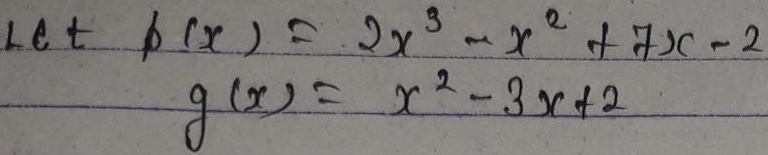
Let \(f(x)=2x^{3}-x^{2}+7x - 2\) and \(g(x)=x^{2}-3x + 2\).